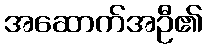
အဆောက်အဦ၏